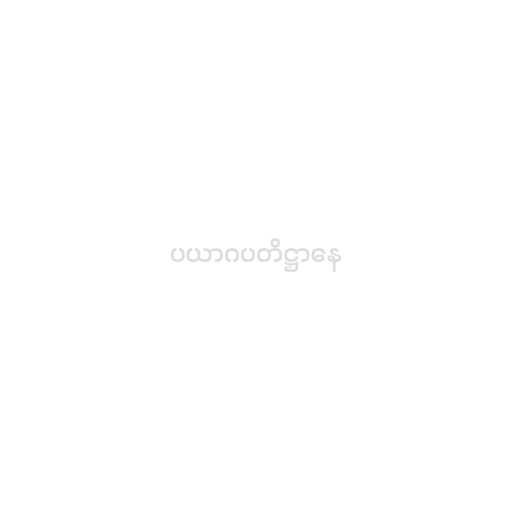
ပယာဂပတိဋ္ဌာနေ